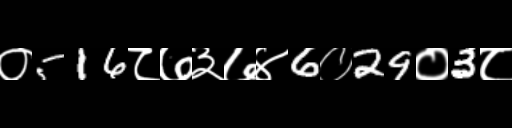
Text: ०516८७३७४6०29०3८